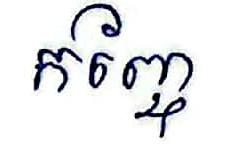
កញ្ចែ